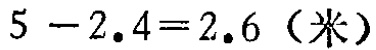
\(5 - 2.4 = 2.6\)（米）